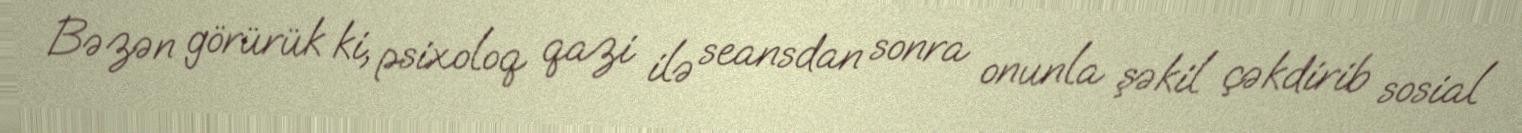
Bəzən görürük ki, psixoloq qazi ilə seansdan sonra onunla şəkil çəkdirib sosial